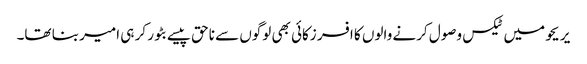
‏ یریحو میں ٹیکس وصول کرنے والوں کا افسر زکائی بھی لوگوں سے ناحق پیسے بٹور کر ہی امیر بنا تھا۔